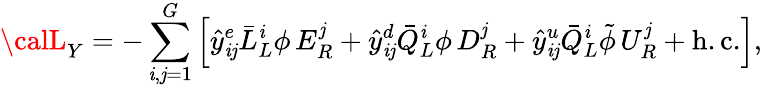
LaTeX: {\calL}_{Y}=-\sum_{\mathit{i},\mathit{j}=1}^{G}\left[\hat{{y}}_{\mathit{i}\mathit{j}}^{e}\bar{{L}}_{L}^{\mathit{i}}\phi\, E_{R}^{\mathit{j}}+\hat{{y}}_{\mathit{i}\mathit{j}}^{d}\bar{{Q}}_{L}^{\mathit{i}}\phi\, D_{R}^{\mathit{j}}+\hat{{y}}_{\mathit{i}\mathit{j}}^{u}\bar{{Q}}_{L}^{\mathit{i}}\tilde{{\phi}}\, U_{R}^{\mathit{j}}+\mathrm{{h.c.}}\right],